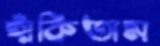
হাঁকিতাম